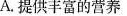
A.提供丰富的营养